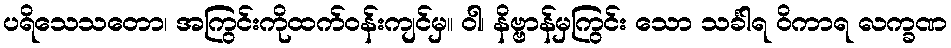
ပရိသေသတော၊ အကြွင်းကိုထက်ဝန်းကျင်မှ။ ဝါ၊ နိဗ္ဗာန်မှကြွင်း သော သင်္ခါရ ဝိကာရ လက္ခဏ